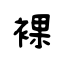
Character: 裸